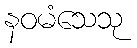
နဝမံသေသု